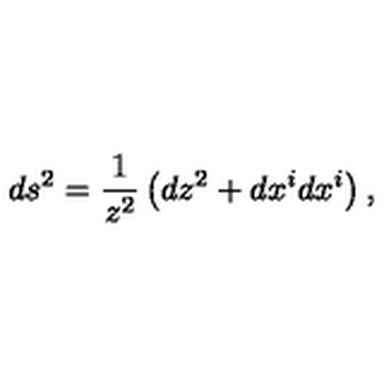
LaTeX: d s ^ { 2 } = \frac { 1 } { z ^ { 2 } } \left( d z ^ { 2 } + d x ^ { i } d x ^ { i } \right) ,